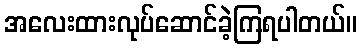
အလေးထားလုပ်ဆောင်ခဲ့ကြရပါတယ်။